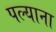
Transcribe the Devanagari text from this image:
पल्याना